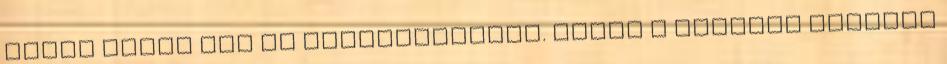
Utána tehát már ne érdeklődjetek. Kérem a csekken adjátok